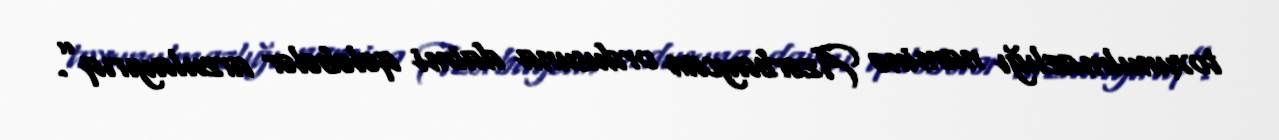
toxunulmazlığı naminə Azərbaycan ordusuna daimi qələbələr arzulayırıq”.